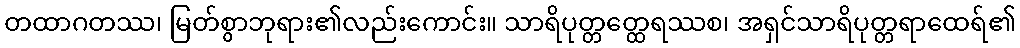
တထာဂတဿ၊ မြတ်စွာဘုရား၏လည်းကောင်း။ သာရိပုတ္တတ္ထေရဿစ၊ အရှင်သာရိပုတ္တရာထေရ်၏